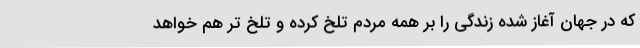
که در جهان آغاز شده زندگی را بر همه مردم تلخ کرده و تلخ تر هم خواهد